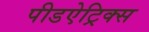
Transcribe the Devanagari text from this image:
पीडऐट्रिक्स